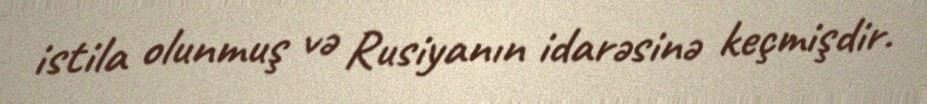
istila olunmuş və Rusiyanın idarəsinə keçmişdir.